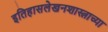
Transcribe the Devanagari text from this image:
इतिहासलेखनशास्त्राच्या